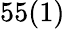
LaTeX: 55(1)